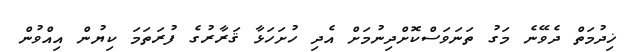
ޚިދުމަތް ދެވޭނެ މަގު ތަނަވަސްކޮށްދިނުމަށް އެދި ހުށަހަޅާ ޤަރާރުގެ ފުރަތަމަ ކިޔުން އިއްވުން